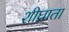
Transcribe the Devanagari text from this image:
शीघ्राता